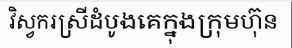
វិស្វករស្រីដំបូងគេក្នុងក្រុមហ៊ុន